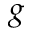
g